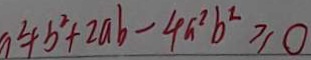
a ^ { 2 } + b ^ { 2 } + 2 a b - 4 a ^ { 2 } b ^ { 2 } \geq 0